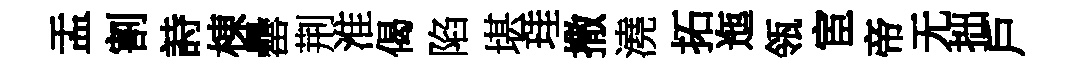
盂割詩棟罍荆淮偈陷堪珪撒澆拓迤瓴宦帝无拙戶